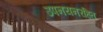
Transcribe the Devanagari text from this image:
उपनयनरहित